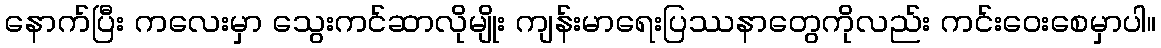
နောက်ပြီး ကလေးမှာ သွေးကင်ဆာလိုမျိုး ကျန်းမာရေးပြဿနာတွေကိုလည်း ကင်းဝေးစေမှာပါ။